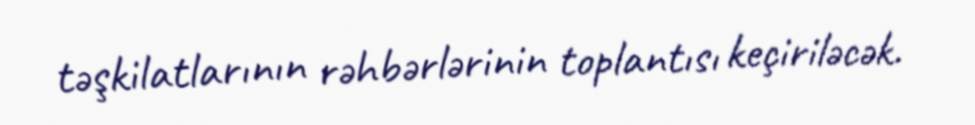
təşkilatlarının rəhbərlərinin toplantısı keçiriləcək.